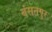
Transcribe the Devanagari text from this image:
बंसतपुर